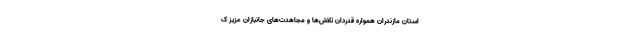
استان مازندران همواره قدردان تلاش‌ها و مجاهدت‌های جانبازان عزیز ک